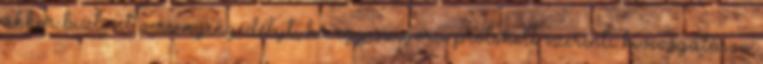
akkor biztosít versenyengedélyt, ha egy szigorú protokoll szerinti kivizsgáláson